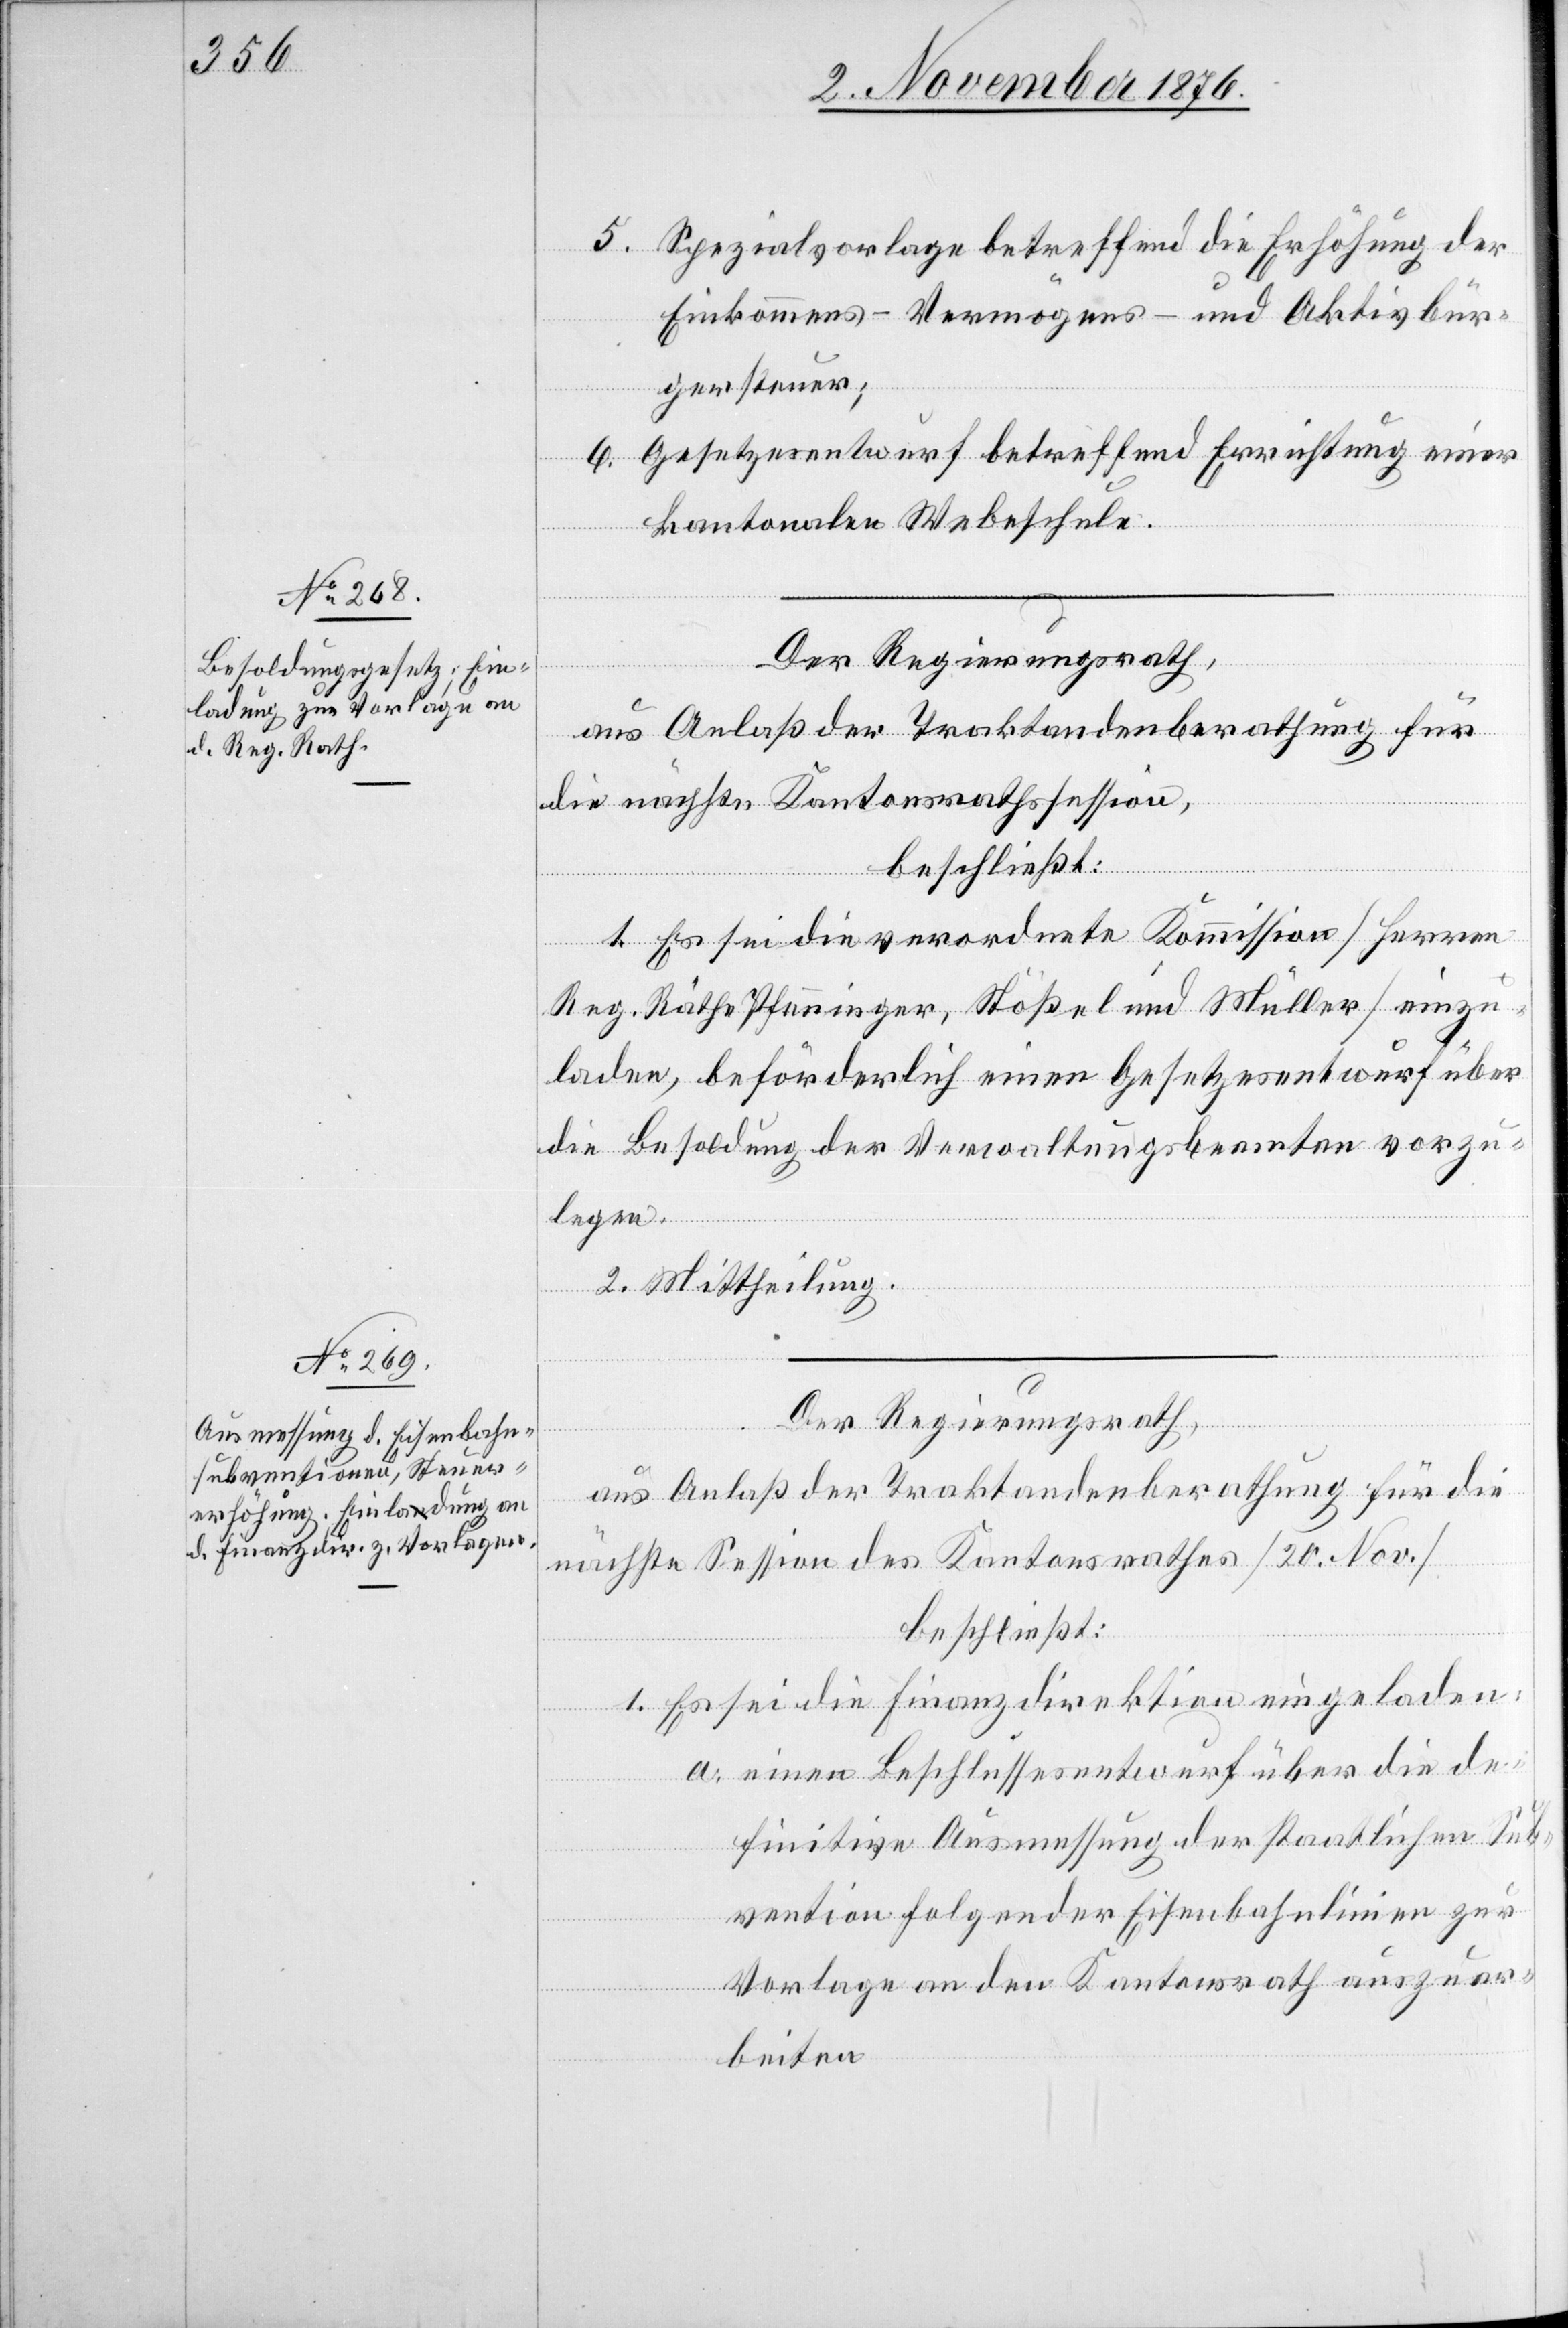
5. Spezialvorlage betreffend die Erhöhung der
Einkommens-[,] Vermögens- und Aktivbür¬
gersteuer;
6. Gesetzesentwurf betreffend Errichtung einer
kantonalen Webeschule.
Der Regierungsrath,
aus Anlaß der Traktandenberathung für
die nächste Kantonsrathssession,
beschließt:
1. Es sei die verordnete Kommission [Herren
Reg. Räthe Pfenninger, Stößel und Müller] einzu¬
laden, beförderlich einen Gesetzesentwurf über
die Besoldung der Verwaltungsbeamten vorzu¬
legen.
2. Mittheilung.
Der Regierungsrath,
aus Anlaß der Traktandenberathung für die
nächste Session des Kantonsrathes [20. Nov.]
beschließt:
1. Es sei die Finanzdirektion eingeladen:
a. einen Beschlussesentwurf über die de¬
finitive Ausmessung der staatlichen Sub¬
vention folgender Eisenbahnlinien zur
Vorlage an den Kantonsrath auszuar¬
beiten